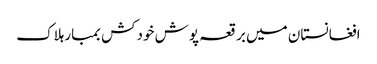
افغانستان میں برقعہ پوش خودکش بمبارہلاک